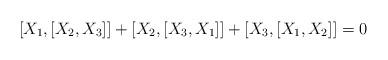
LaTeX: \begin{align*}\left[ X_{1},\left[ X_{2},X_{3}\right] \right] +\left[ X_{2},\left[X_{3},X_{1}\right] \right] +\left[ X_{3},\left[ X_{1},X_{2}\right]\right] =0\end{align*}